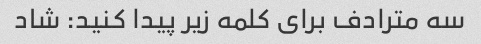
سه مترادف برای کلمه زیر پیدا کنید: شاد